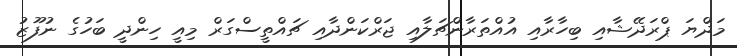
މަދްޔަ ޕްރަދޭޝާއި ބިހާރާއި އުއްތަރާންޗަލާއި ޖަރްކަންދާއި ޗައްތީސްގަރް މިއީ ހިންދީ ބަހުގެ ނުފޫޒު